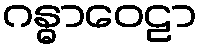
ဂန္ဓာဝေဠာ